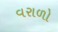
વરાળો